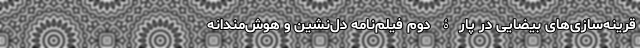
قرينه‌سازی‌های بيضايی در پارۀ‌ دوم فيلم‌نامه دل‌نشين و هوش‌مندانه